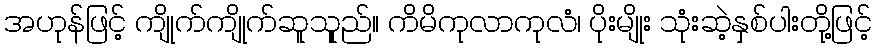
အဟုန်ဖြင့် ကျိုက်ကျိုက်ဆူသုူည်။ ကိမိကုလာကုလံ၊ ပိုးမျိုး သုံးဆဲ့နှစ်ပါးတို့ဖြင့်